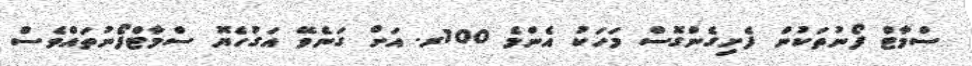
ސްމާޓް ފޯނުތަކުން ފެށިގެންގޮސް މަހަކު އެންމެ 100ރ. އަށް ގަނެވޭ އަގުހެޔޮ ސްމާޓްފޯނުތައްވެސް